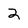
Character: 2